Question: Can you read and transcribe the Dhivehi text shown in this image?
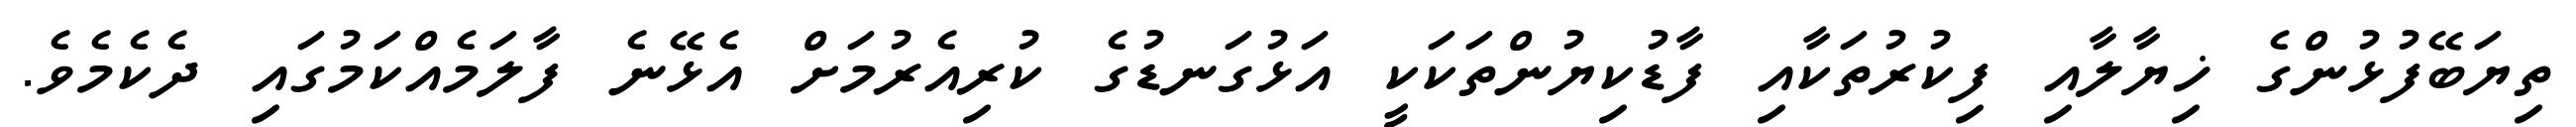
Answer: ތިޔަބޭފުޅުންގެ ޚިޔާލާއި ފިކުރުތަކާއި ފާޑުކިޔުންތަކަކީ އަޅުގަނޑުގެ ކުރިއެރުމަށް އެޅޭނެ ފާލަމެއްކަމުގައި ދެކެމެވެ.